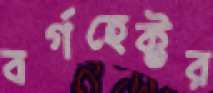
বর্গহেক্টর